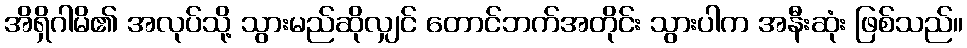
အိရှိဂါမိ၏ အလုပ်သို့ သွားမည်ဆိုလျှင် တောင်ဘက်အတိုင်း သွားပါက အနီးဆုံး ဖြစ်သည်။